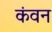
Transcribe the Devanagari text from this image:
कंवन